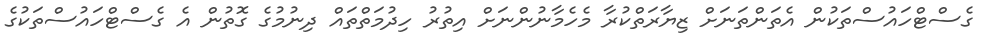
ގެސްޓްހައުސްތަކުން އެތަންތަނަށް ޒިޔާރަތްކުރާ މެހެމާނުންނަށް އިތުރު ހިދުމަތްތައް ދިނުމުގެ ގޮތުން އެ ގެސްޓްހައުސްތަކުގެ